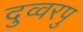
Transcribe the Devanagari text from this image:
दुव्वरपु